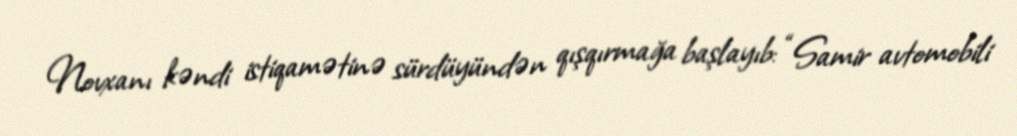
Novxanı kəndi istiqamətinə sürdüyündən qışqırmağa başlayıb: “Samir avtomobili